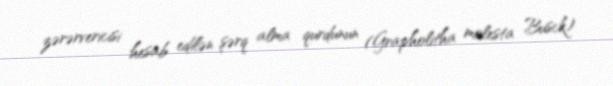
zərərvericisi hesab edilən şərq alma qurdunun (Grapholitha molesta Busck)